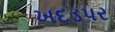
ખદડપર